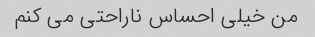
من خیلی احساس ناراحتی می کنم